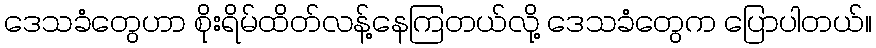
ဒေသခံတွေဟာ စိုးရိမ်ထိတ်လန့်နေကြတယ်လို့ ဒေသခံတွေက ပြောပါတယ်။